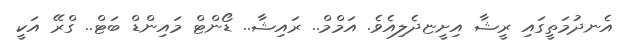
އެނދުމަތީގައި ރީޝާ އިށީޏދެލިއެވެ. އަމްމް.. ރައިޝާ.. ޑޯންޓް މައިންޑް ބަޓް.. ގްރޭ އަކީ